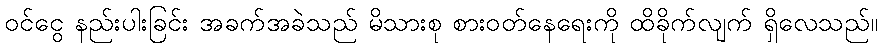
ဝင်ငွေ နည်းပါးခြင်း အခက်အခဲသည် မိသားစု စားဝတ်နေရေးကို ထိခိုက်လျက် ရှိလေသည်။